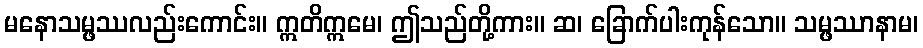
မနောသမ္ဖဿလည်းကောင်း။ ဣတိဣမေ၊ ဤသည်တို့ကား။ ဆ၊ ခြောက်ပါးကုန်သော။ သမ္ဖဿာနာမ၊